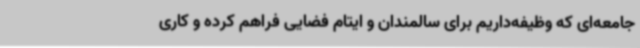
جامعه‌ای که وظیفه‌داریم برای سالمندان و ایتام فضایی فراهم کرده و کاری